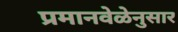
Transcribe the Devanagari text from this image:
प्रमानवेळेनुसार